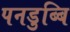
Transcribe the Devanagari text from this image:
पनडुब्बि